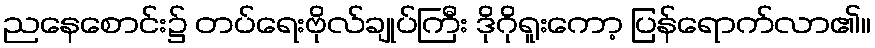
ညနေစောင်း၌ တပ်ရေးဗိုလ်ချုပ်ကြီး ဒိုဂိုရူးကော့ ပြန်ရောက်လာ၏။